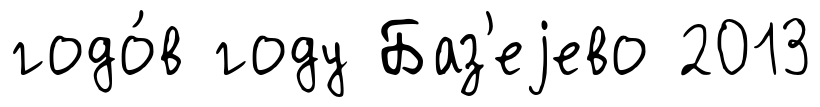
годо́в году Баз'еjево 2013